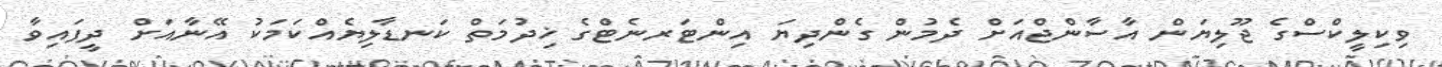
ވިކިލީކްސްގެ ޖޫލިޔަން އާސާންޖްއަށް ދެމުން ގެންދިޔަ އިންޓަރނެޓްގެ ޚިދުމަތް ކަނޑާލިޔެއްކަމަކު އޭނާއަށް ދީފައިވާ